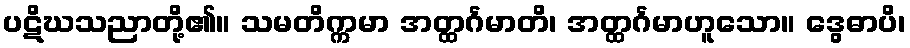
ပဋိဃသညာတို့၏။ သမတိက္ကမာ အတ္ထင်္ဂမာတိ၊ အတ္ထင်္ဂမာဟူသော။ ဒွေဓာပိ၊